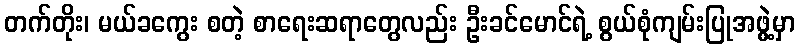
တက်တိုး၊ မယ်ခကွေး စတဲ့ စာရေးဆရာတွေလည်း ဦးခင်မောင်ရဲ့ စွယ်စုံကျမ်းပြုအဖွဲ့မှာ